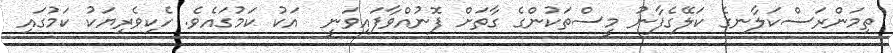
ތިމަންރަސްކަލާނގެ ކަލޭގެފާނު މީސްތަކުންގެ ގާތަށް ފޮނުއްވާފައިވަނީ  އަކު ކަމުގައެވެ. ހެކިވެރިޔަކު ކަމުގައި